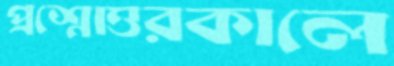
প্রশ্নোত্তরকালে